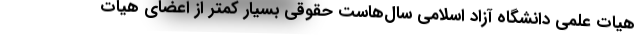
هیات علمی دانشگاه آزاد اسلامی سال‌هاست حقوقی بسیار کمتر از اعضای هیات